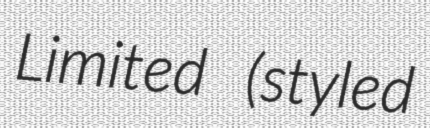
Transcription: Limited (styled